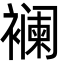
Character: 襕